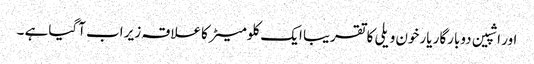
اور اشپین دوبارگار یارخون ویلی کا تقریبا ایک کلومیٹر کاعلاقہ زیر اب آگیاہے ۔